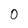
Character: 0